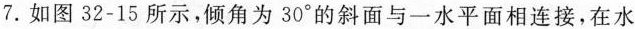
7.如图32-15所示，倾角为30°的斜面与一水平面相连接，在水